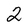
Character: 2